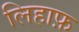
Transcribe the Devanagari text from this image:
लिहाफ़